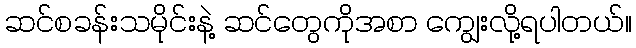
ဆင်စခန်းသမိုင်းနဲ့ ဆင်တွေကိုအစာ ကျွေးလို့ရပါတယ်။